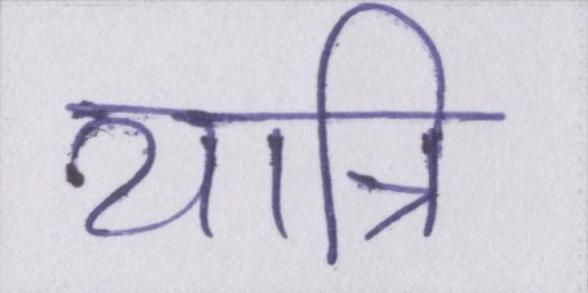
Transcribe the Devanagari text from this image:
यात्रि